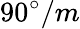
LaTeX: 90^{\circ}/m